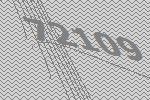
72109